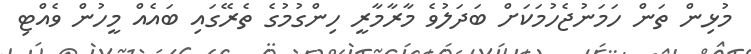
މުޅިން ތަން ހަމަނުޖެހުމަކަށް ބަދަލުވެ މާރާމާރީ ހިންގުމުގެ ތެރޭގައި ބައެެއް މީހުން ވެއްޓި